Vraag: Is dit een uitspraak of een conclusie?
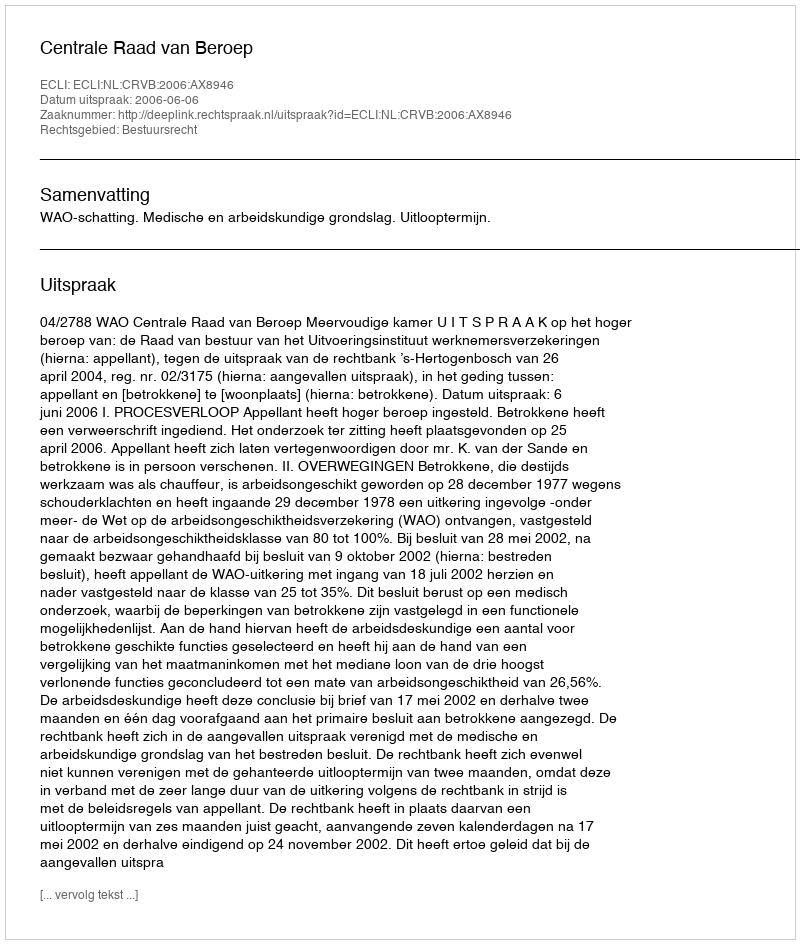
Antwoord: Uitspraak